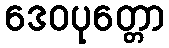
ဒေဝပုတ္တော